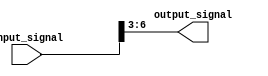
module part_select_example(
    input [7:0] input_signal,
    output reg [3:0] output_signal
);

always @(*) begin
    output_signal = input_signal[6:3]; //Assigning bits 6 to 3 from input_signal to output_signal
end

endmodule